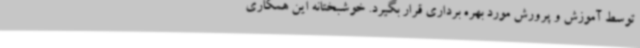
توسط آموزش و پرورش مورد بهره برداری قرار بگیرد. خوشبختانه این همکاری